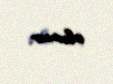
olunur.